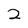
Character: 2